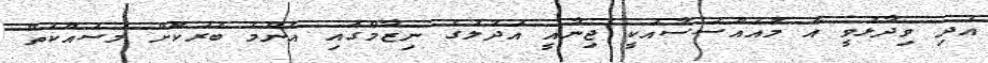
އަދި ވިދާޅުވީ އެ މުއައްސަސާއަކީ ޖިނާއީ އަދުލުގެ ނިޒާމްގައި އެންމެ ބުރަކޮށް މަސައްކަތް